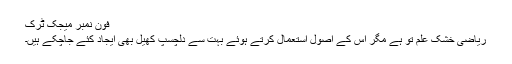
فون نمبر میجک ٹرک
ریاضی خشک علم تو ہے مگر اس کے اصول استعمال کرتے ہوئے بہت سے دلچسپ کھیل بھی ایجاد کئے جاچکے ہیں۔